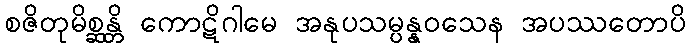
စဇိတုမိစ္ဆန္တိ ကောဋိဂါမေ အနုပသမ္ပန္နဝသေန အပဿတောပိ